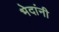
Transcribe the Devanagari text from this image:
भेदांनी